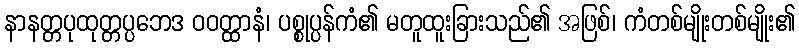
နာနတ္တပုထုတ္တပ္ပဘေဒ ဝဝတ္ထာနံ၊ ပစ္စုပ္ပန်ကံ၏ မတူထူးခြားသည်၏ အဖြစ်၊ ကံတစ်မျိုးတစ်မျိုး၏